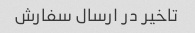
تاخیر در ارسال سفارش